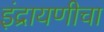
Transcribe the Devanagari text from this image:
इंद्रायणीचा